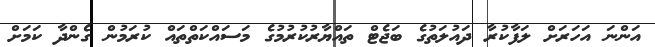
އަންނަ އަހަރަށް ލަފާކުރާ ދައުލަތުގެ ބަޖެޓް ތައްޔާރުކުރުމުގެ މަސައްކަތްތައް ކުރަމުން ގެންދާ ކަމަށް